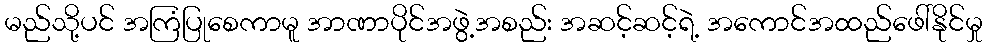
မည်သို့ပင် အကြံပြုစေကာမူ အာဏာပိုင်အဖွဲ့အစည်း အဆင့်ဆင့်ရဲ့ အကောင်အထည်ဖေါ်နိုင်မှု